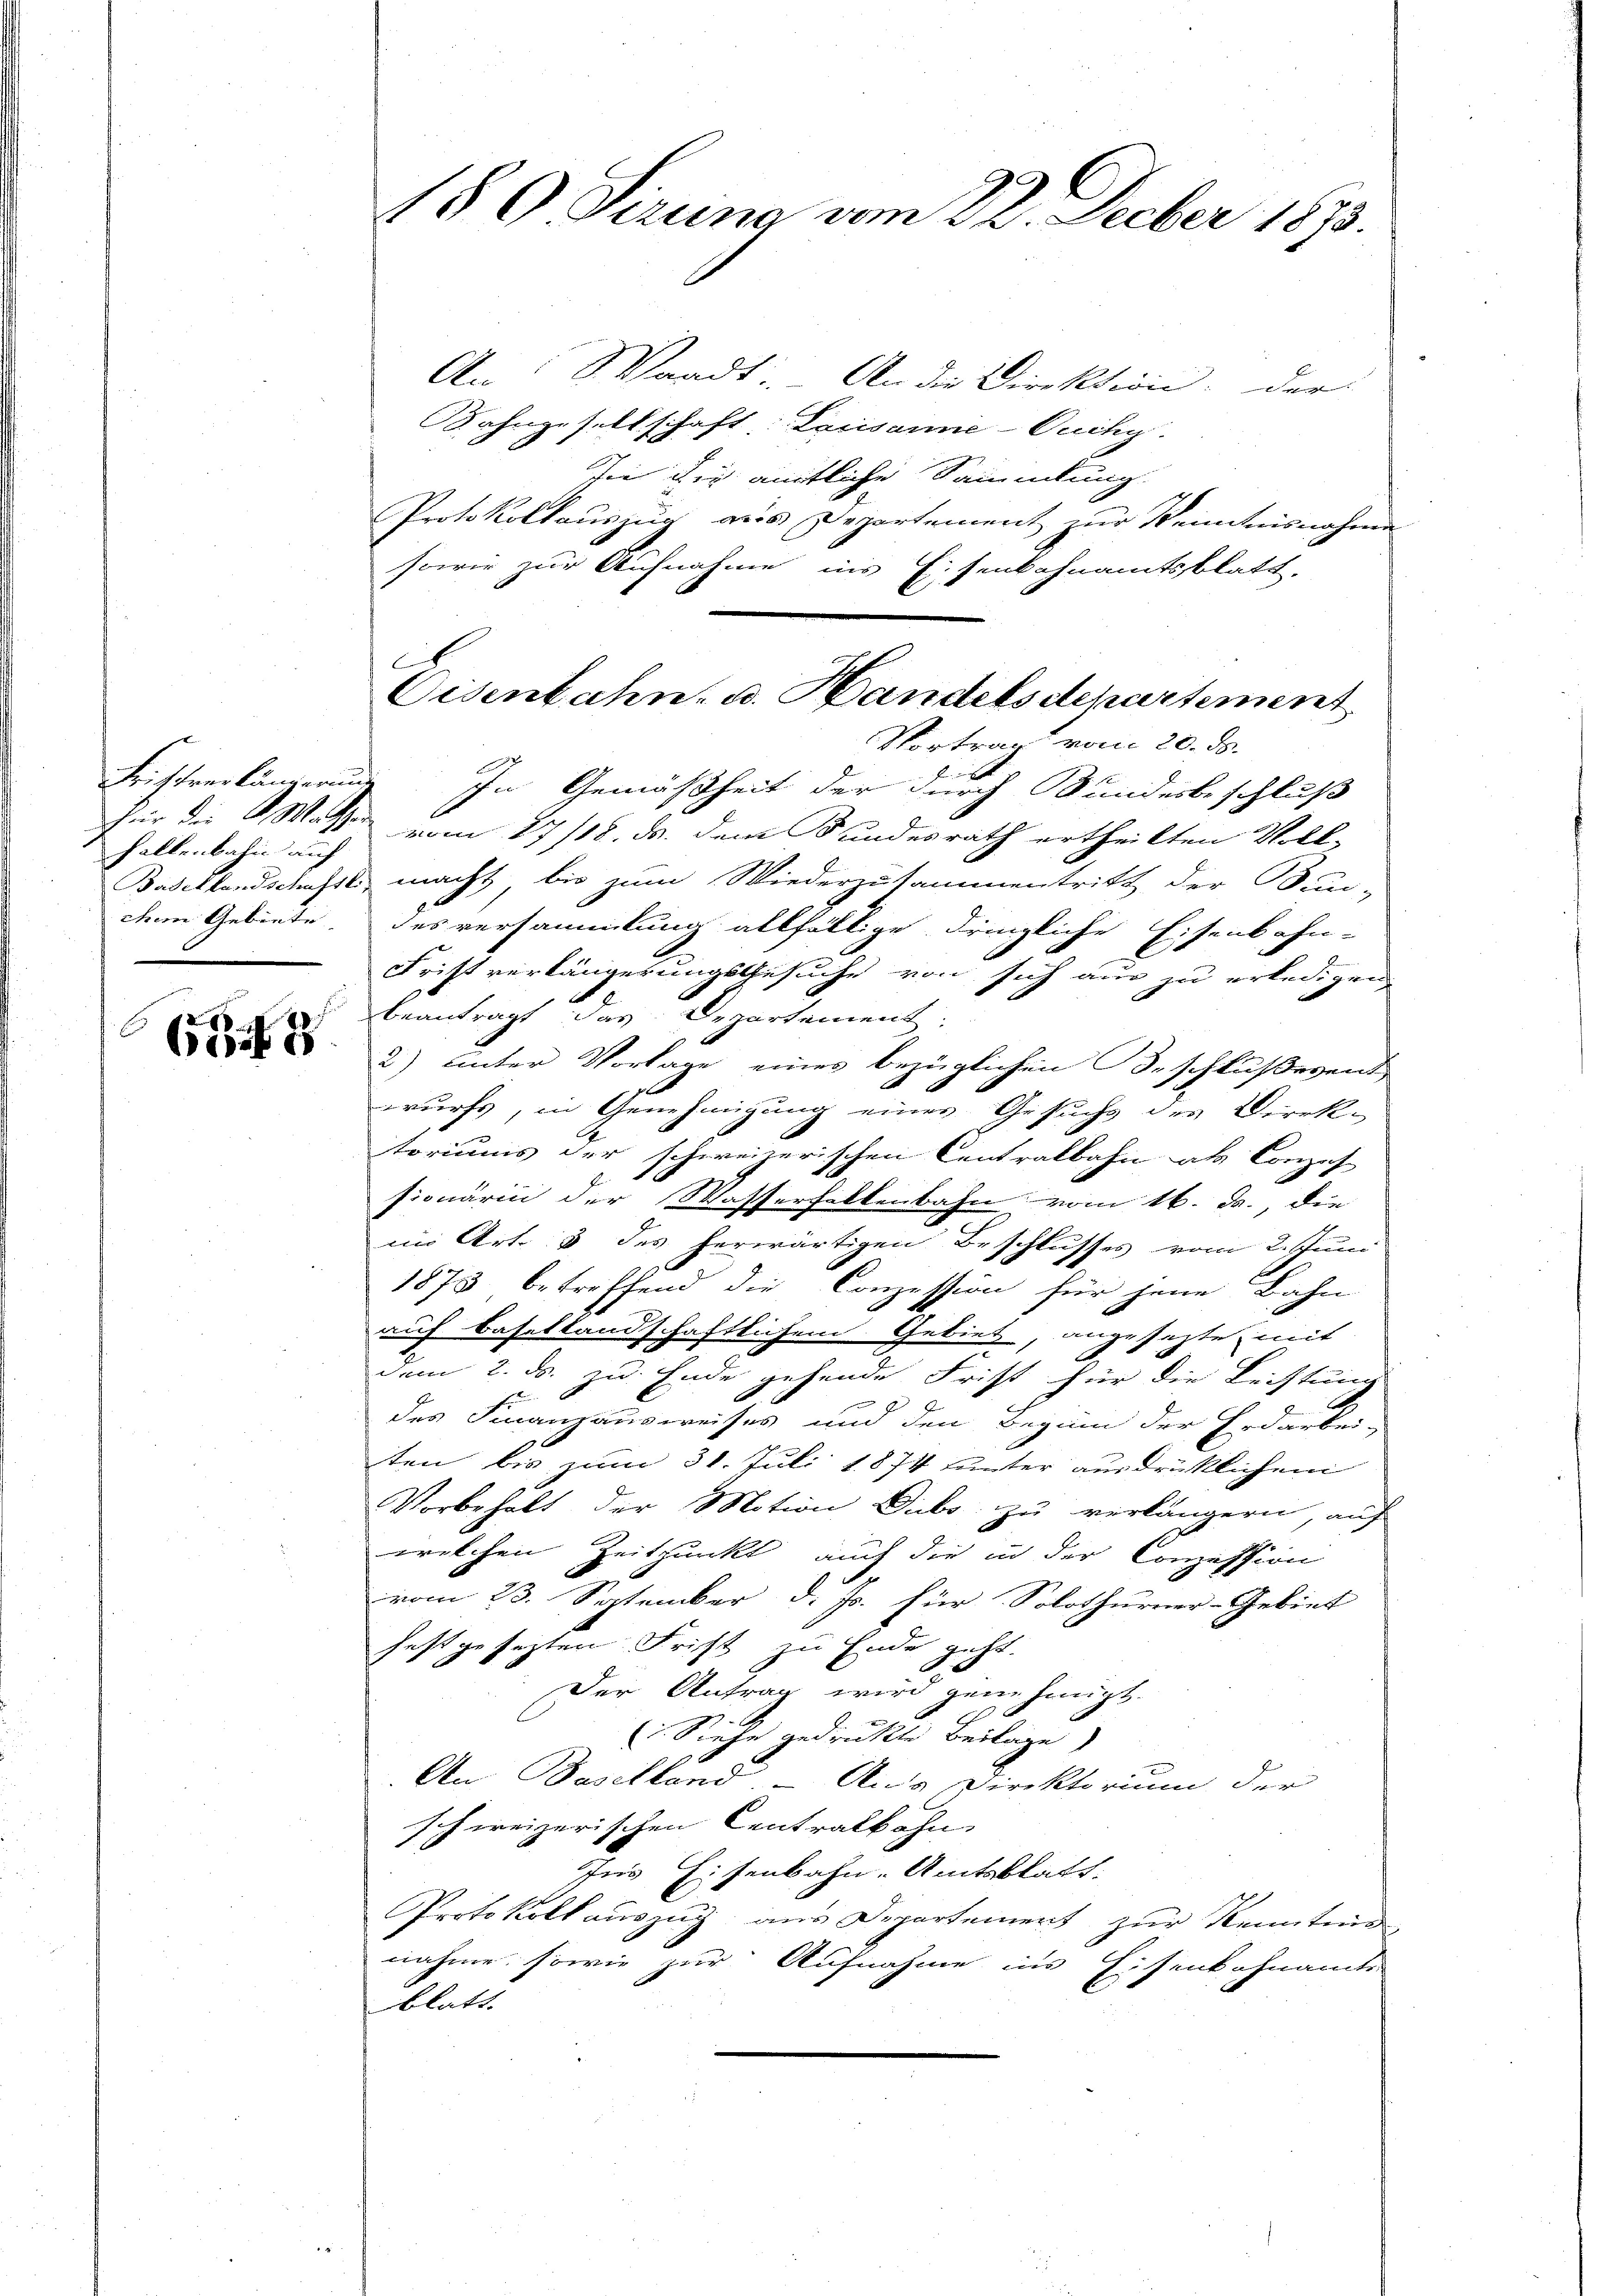
Fallenbahn auf
chem Gebiete.

62

180 Serena vom 22. Decber 1873.

E
Eisenbahn- u. Handelsdepartement
Vortrag vom 20. ds.

An: Waadt. - An die Direktion der
Rahngesellschaft: Lausanne-Quchy.
sie die amtliche Sammlung
Protokollauszug aus Departement zur Kenntnisnahme
sowie zur Aufnahme ins Eisenbahnamtsblatt,
Fristverlängerung. In Gemäßheit der durch Bundesbeschluß
für die Wasser vom 27/18. ds. dem Bundesrath ertheilten Voll-
Basellandschaftli macht, bis zum Wiederzusammentritt der Bun-
desversammlung allfällige dringliche Eisenbahn-
Frist verlängerungsgesuche von sich aus zu erledigen
beantragt das Departement:
2) unter Vorlage eines bezüglichen Beschlußevent
wurfs, in Genehmigung eines Gesuchs des Direk-
toriums der schweizerischen Centralbahn als Conzes
sionärin der Wasserfallenbahn vom 16. d., die
im Art. 3 des herwärtigen Beschlusses vom 2. Juni
1873 betreffend die Conzession für jene Bahn
auf Basellandschaftlichen Gebiet, angesagte mit
dem 2. ds. zu Ende gehende Frist für die Leistung

des Finanzausweises und den Beginn der Erdarbei-
ten bis zum 31. Juli 1874 unter ausdrüklichem
Vorbehalt der Motion Dubs zu verlängern, auf
welchen Zeitpunkt, auch die in der Conzession
vom 23. September d. Js. für Solothurner-Gebiet
festgesezten Frist zu Ende geht.
Der Antrag wird genehmigt.
Siehe gedruckte Beilage
An Baselland. – Die Direktorium der
schweizerischen Centralbahn
Ins Eisenbahn-Amtsblatt.
Protokoll auszug aus Departement zur Kenntend
nahme sowie zur Aufnahme ins Eisenkohnamte
blatt |